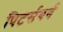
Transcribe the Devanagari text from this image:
पिटर्सवर्ग